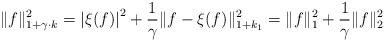
LaTeX: \begin{align*}\|f\|_{1+\gamma\cdot k}^2=\left|\xi(f)\right|^2+\frac{1}{\gamma}\|f-\xi(f)\|_{1+k_1}^2=\|f\|^2_1+\frac{1}{\gamma}\|f\|_2^2\end{align*}